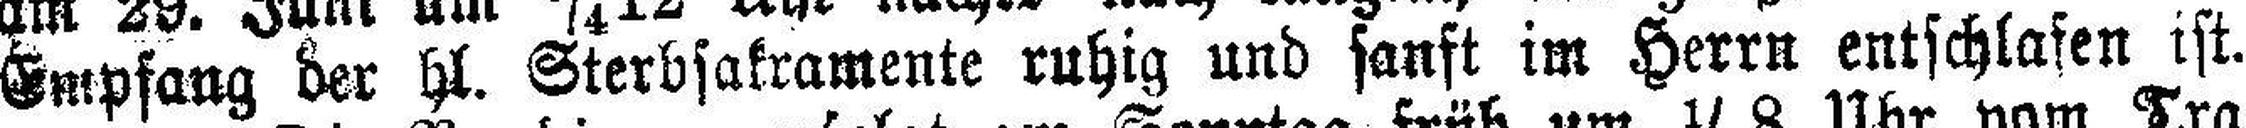
Empfang der hl. Sterbsakramente ruhig und sanft im Herrn entschlafen ist.